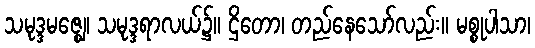
သမုဒ္ဒမဇ္ဈေ၊ သမုဒ္ဒရာလယ်၌။ ဌိတော၊ တည်နေသော်လည်း။ မစ္စုပါသာ၊